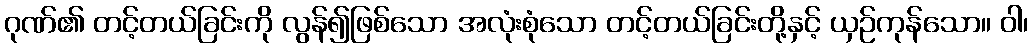
ဂုဏ်၏ တင့်တယ်ခြင်းကို လွန်၍ဖြစ်သော အလုံးစုံသော တင့်တယ်ခြင်းတို့နှင့် ယှဉ်ကုန်သော။ ဝါ၊